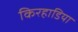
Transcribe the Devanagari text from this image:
किरहाडिया